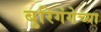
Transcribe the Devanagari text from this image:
बुरिगंगेच्या